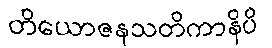
တိယောဇနသတိကာနိပိ